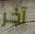
آخر